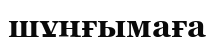
шұңғымаға